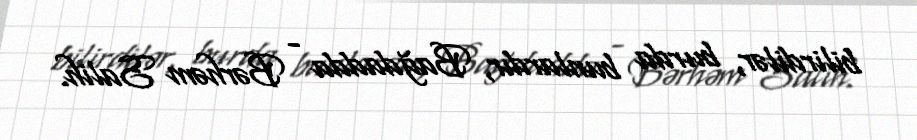
bilirdilər, burda bunlardır, Bağdadda - Bərhəm Salih.